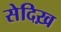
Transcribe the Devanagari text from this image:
सेदिख़